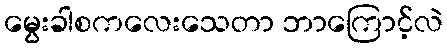
မွေးခါစကလေးသေတာ ဘာကြောင့်လဲ